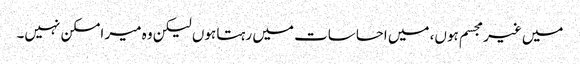
میں غیر مجسم ہوں، میں احساسات میں رہتا ہوں لیکن وہ میر امسکن نہیں۔